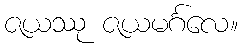
ဇယဿု ဇယမင်္ဂလေ။